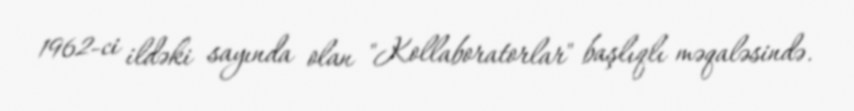
1962-ci ildəki sayında olan "Kollaboratorlar" başlıqlı məqaləsində.